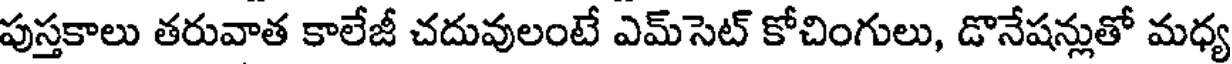
పుస్తకాలు తరువాత కాలేజీ చదువులంటే ఎమ్సెట్ కోచింగులు, డొనేషన్లుతో మధ్య